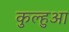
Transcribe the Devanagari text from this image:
कुल्हुआ